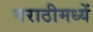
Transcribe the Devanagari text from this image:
मराठीमध्यें